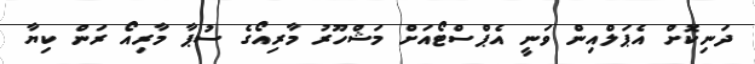
ދަނިކޮށް އެޕަލްއިން ވަނީ އެޕްސްޓޯއަށް މަޝްހޫރު މާރިއޯގެ ސުޕާ މާރިއޯ ރަން ކިޔާ